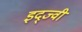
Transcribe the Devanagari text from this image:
इद्ज्वी